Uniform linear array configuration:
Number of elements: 16
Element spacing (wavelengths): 1
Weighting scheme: uniform
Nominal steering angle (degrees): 0
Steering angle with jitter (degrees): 1.264
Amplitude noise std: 0.05
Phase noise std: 0.05

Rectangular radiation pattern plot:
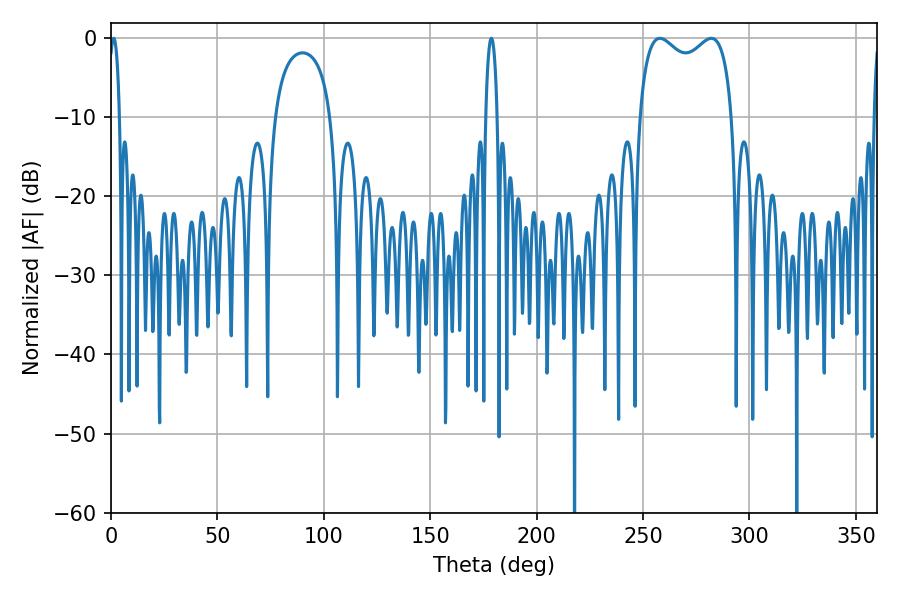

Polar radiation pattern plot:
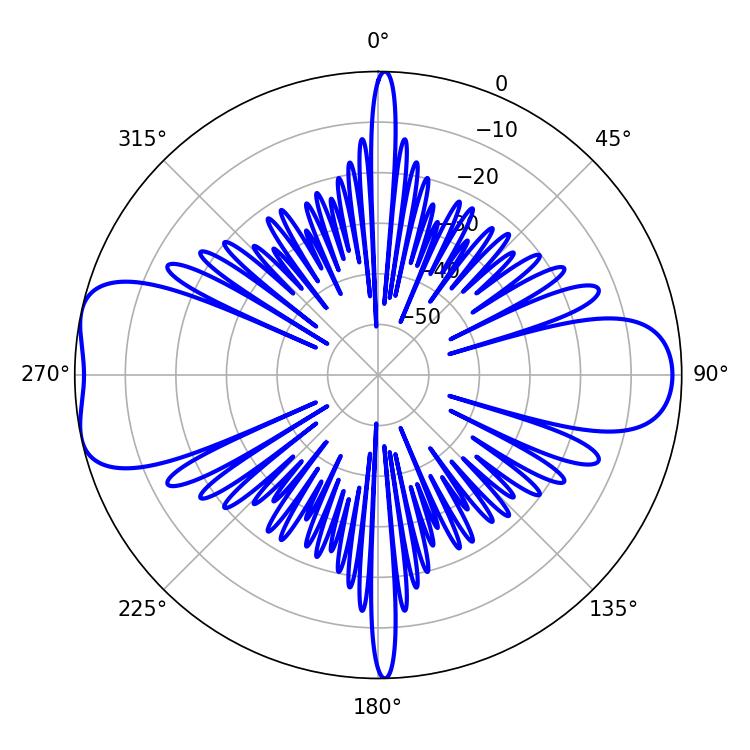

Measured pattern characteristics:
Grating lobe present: TRUE
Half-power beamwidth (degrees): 36.36
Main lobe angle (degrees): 257.94